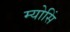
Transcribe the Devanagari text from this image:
म्योसिं